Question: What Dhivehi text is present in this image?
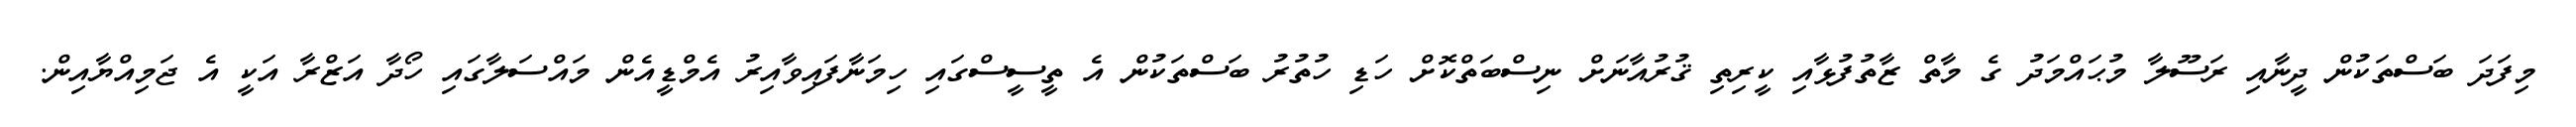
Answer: މިފަދަ ބަސްތަކުން ދީނާއި ރަސޫލާ މުޙައްމަދު ގެ މާތް ޒާތުފުޅާއި ކީރިތި ޤުރުއާނަށް ނިސްބަތްކޮށް ހަޑި ހުތުރު ބަސްތަކުން އެ ތީސީސްގައި ހިމަނާފައިވާއިރު އެމްޑީއެން މައްސަލާގައި ހޯދާ އަޒްރާ އަކީ އެ ޖަމިއްޔާއިން.